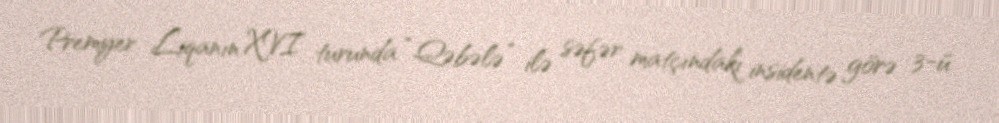
Premyer Liqanın XVI turunda “Qəbələ” ilə səfər matçındakı insidentə görə 3-ü